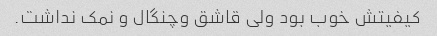
کیفیتش خوب بود ولی قاشق وچنگال و نمک نداشت.